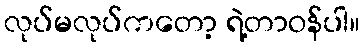
လုပ်မလုပ်ကတော့ ရဲ့တာဝန်ပါ။